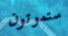
ستموتون